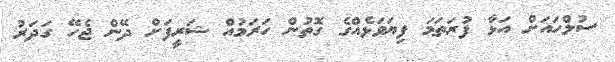
ސުލްހައަށް އަޅާ ފުރަތަމަ ފިޔަވަޅެއްގެ ގޮތުން ހަރަމުއް ޝަރީފަށް ދޭން ޖެހޭ ގަދަރު